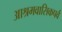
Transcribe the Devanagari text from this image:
आश्रमवासिकपर्व